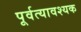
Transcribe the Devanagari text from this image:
पूर्वत्यावश्यक